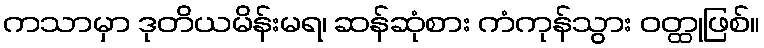
ကသာမှာ ဒုတိယမိန်းမရ၊ ဆန်ဆုံစား ကံကုန်သွား ဝတ္ထုဖြစ်။